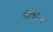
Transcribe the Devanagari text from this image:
डीफॉल्ट